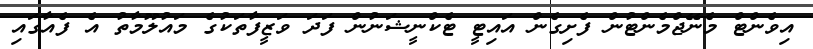
އިވެންޓް މެނޭޖްމެންޓުން ފެށިގެން އައިޓީ ޓެކްނީޝަނުން ފަދަ ވަޒީފާތަކުގެ މައުލޫމާތު އެ ފެއާގައި